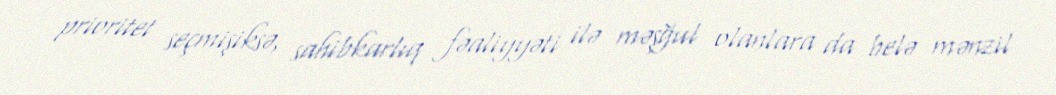
prioritet seçmişiksə, sahibkarlıq fəaliyyəti ilə məşğul olanlara da belə mənzil